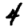
Digit: 4